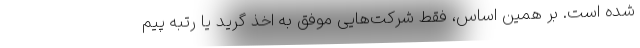
شده است. بر همین اساس، فقط شرکت‌هایی موفق به اخذ گرید یا رتبه پیم